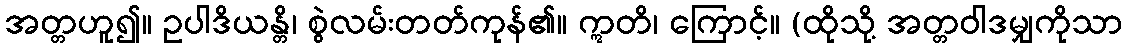
အတ္တဟူ၍။ ဥပါဒိယန္တိ၊ စွဲလမ်းတတ်ကုန်၏။ ဣတိ၊ ကြောင့်။ (ထိုသို့ အတ္တဝါဒမျှကိုသာ